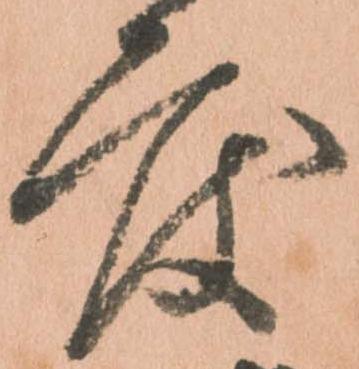
度